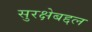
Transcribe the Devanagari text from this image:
सुरक्षेबद्दल